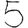
Digit: 5